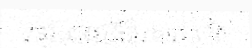
តាមជលធីហែទៅ។ តែ